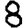
Digit: 8